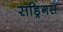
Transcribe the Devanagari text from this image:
राड्रिगस